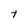
Character: t